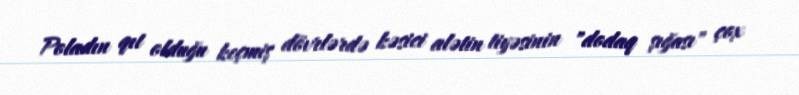
Poladın qıt olduğu keçmiş dövrlərdə kəsici alətin tiyəsinin "dodaq şığası" çox